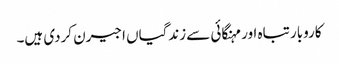
کاروبار تباہ اور مہنگائی سے زندگیاں اجیرن کردی ہیں۔